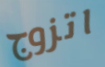
اتزوج